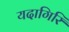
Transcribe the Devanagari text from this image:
यदागिरि